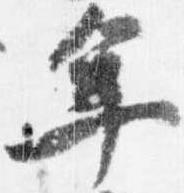
年